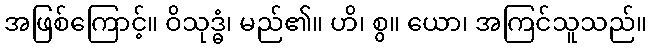
အဖြစ်ကြောင့်။ ဝိသုဒ္ဓံ၊ မည်၏။ ဟိ၊ စွ။ ယော၊ အကြင်သူသည်။